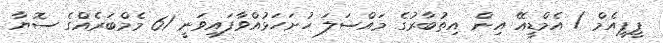
ޕީޕީއެމް / އެމްޑީއޭ އިން އިތުބާރުގެ މައްސަލަ ހުށަހަޅުއްވާފައިވަނީ 61 މެމްބަރެއްގެ ސޮޔާ